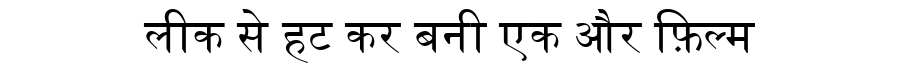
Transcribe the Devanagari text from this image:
लीक से हट कर बनी एक और फ़िल्म